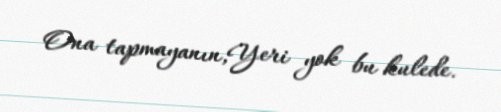
Ona tapmayanın,Yeri yok bu kulede.